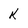
Character: K